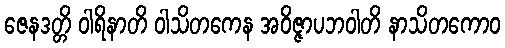
ဇေနဒတ္တိ ဝါရိနာတိ ဝါသိတကေန အဝိဇ္ဇာပဘဝါတိ နာသိတကောဝ